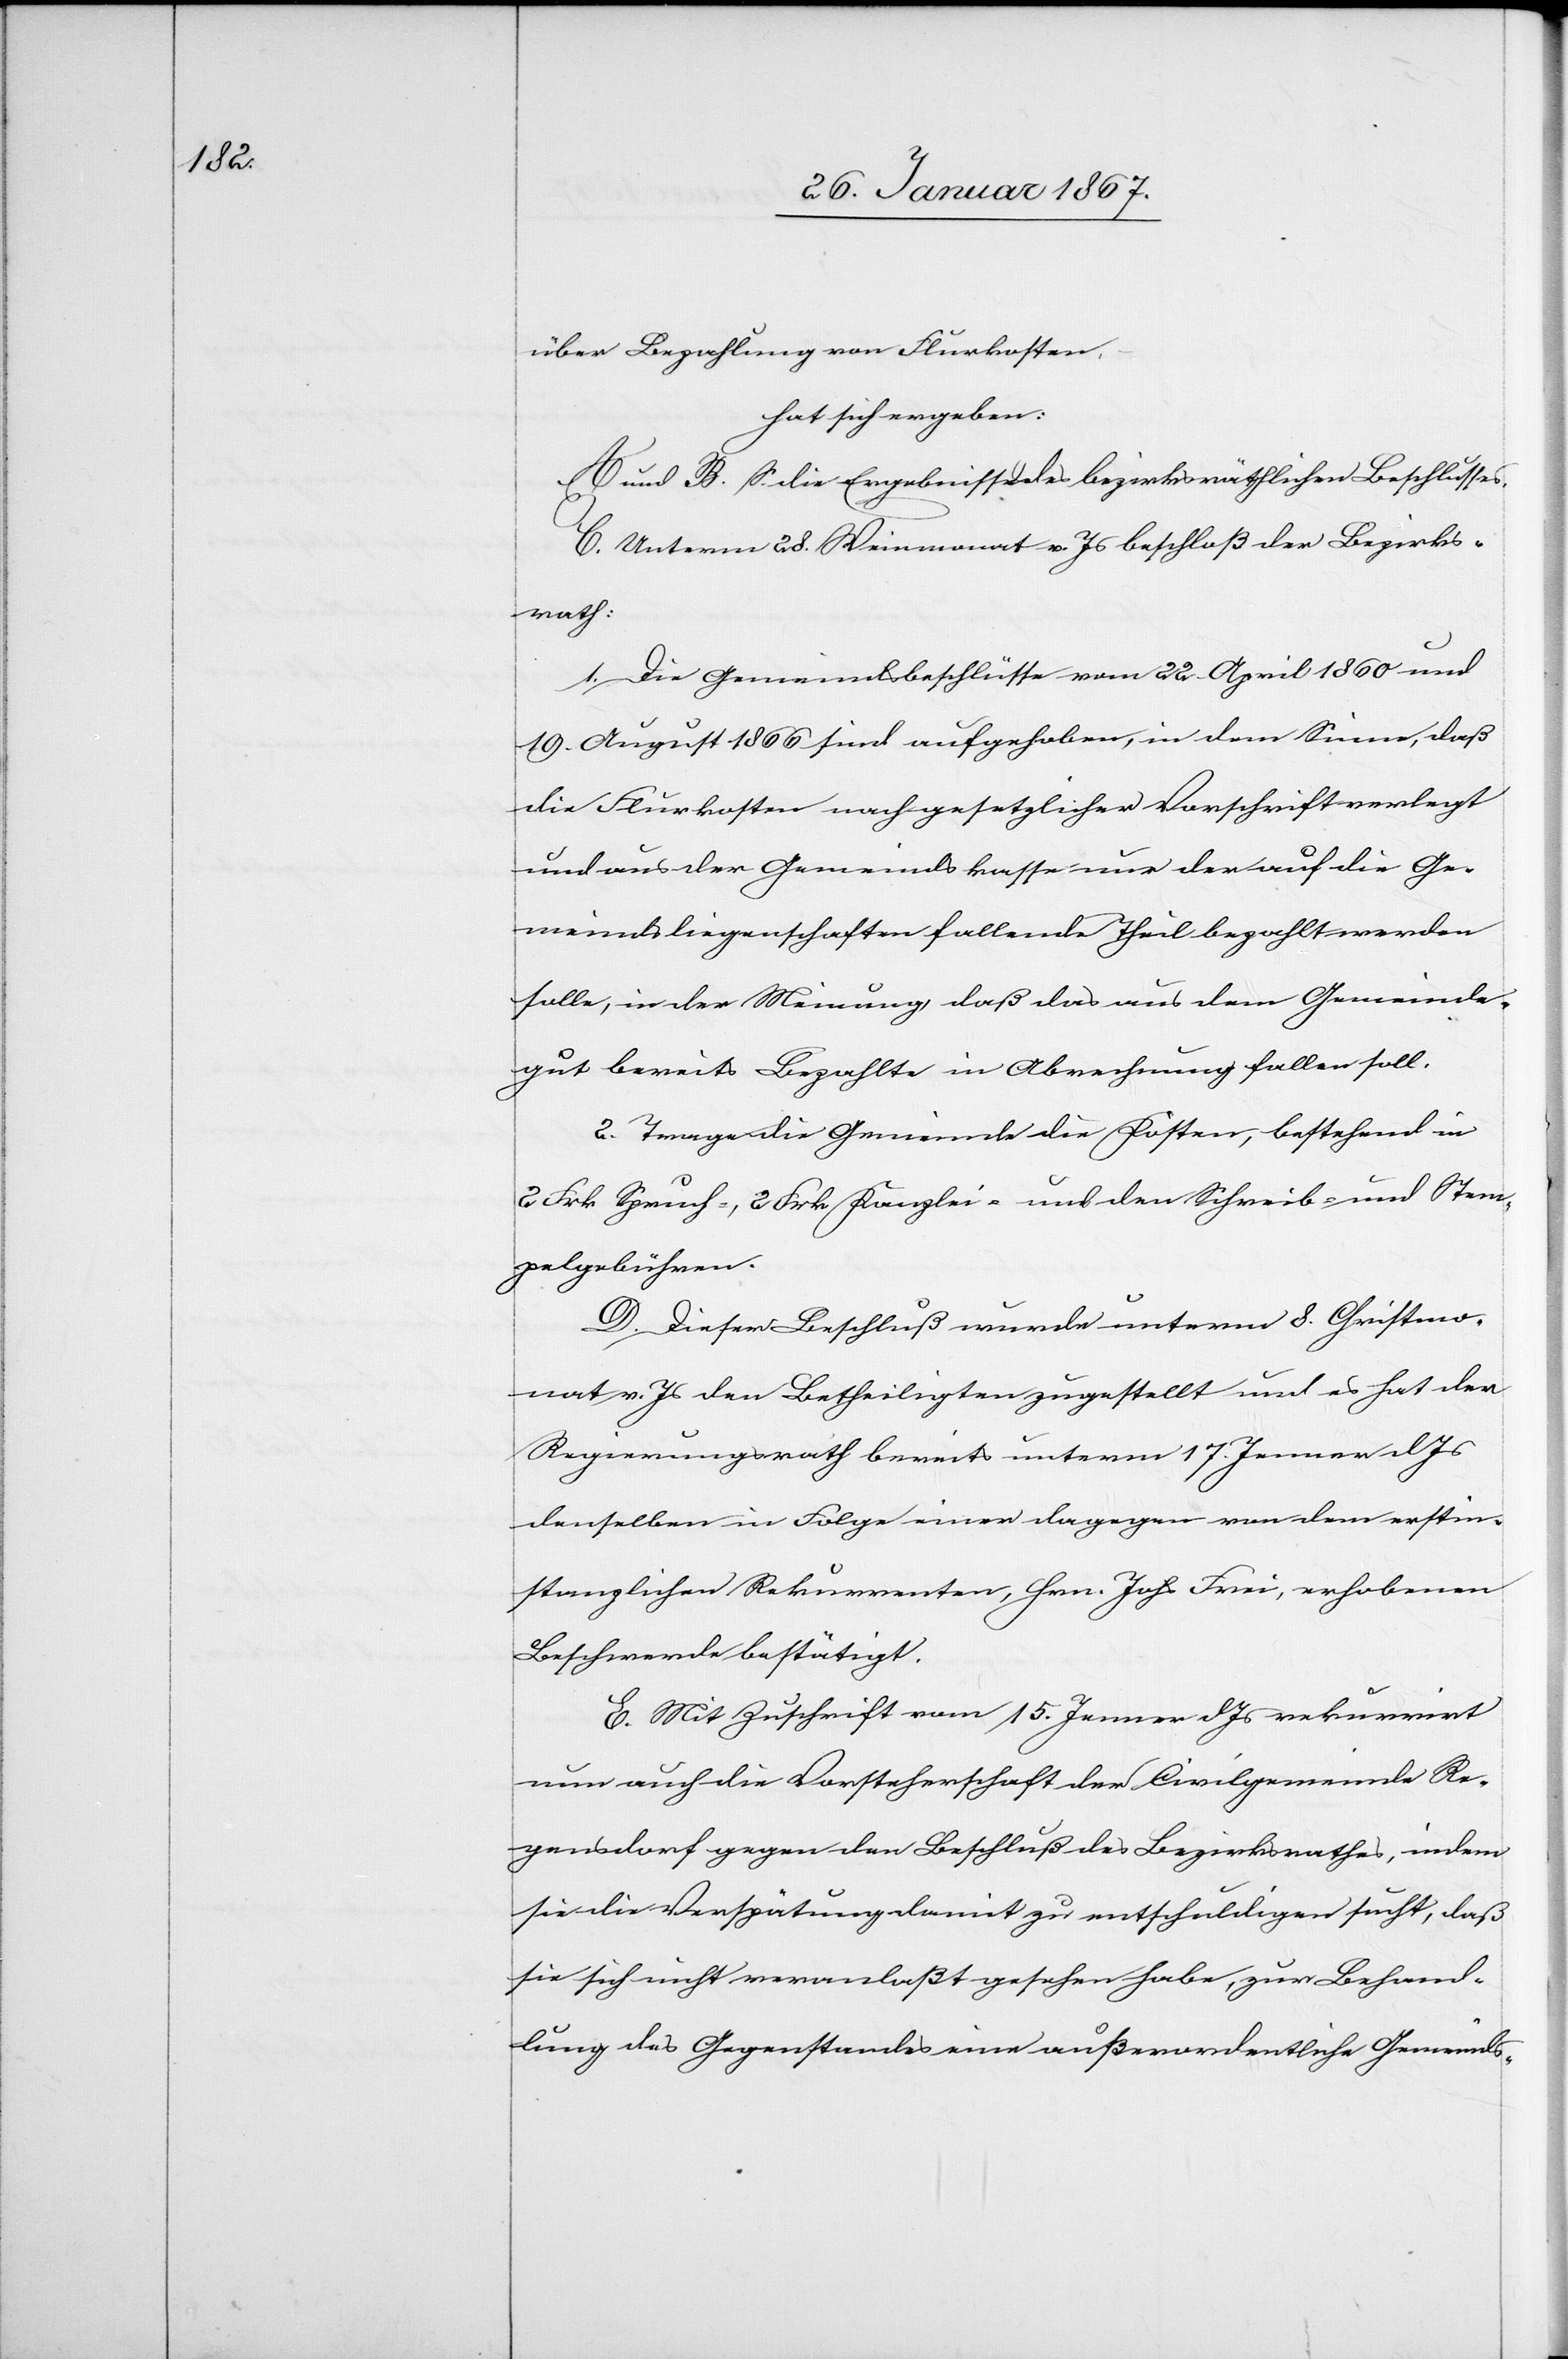
über Bezahlung von Flurkosten.
hat sich ergeben:
A und B. S. die Ergebnisse des bezirksräthlichen Beschlusses.
C. Unterm 28. Weinmonat v. Js beschloß der Bezirks¬
rath:
1. Die Gemeindsbeschlüsse vom 22. April 1860 und
19. August 1866 sind aufgehoben, in dem Sinne, daß
die Flurkosten nach gesetzlicher Vorschrift verlegt
und aus der Gemeindskasse nur der auf die Ge¬
meindsliegenschaften fallende Theil bezahlt werden
solle, in der Meinung, daß das aus dem Gemeinde¬
gut bereits Bezahlte in Abrechnung fallen soll.
2. Trage die Gemeinde die Kosten, bestehend in
2 Frk Spruch-, 2 Frk Kanzlei- und den Schreib- und Stem¬
pelgebühren.
D. Dieser Beschluß wurde unterm 8. Christenmo¬
nat v. Js den Betheiligen zugestellt und es hat der
Regierungsrath bereits unterm 17. Jenner d. Js
denselben in Folge einer dagegen von dem erstin¬
stanzlichen Rekurrenten, Hrn. Joh Frei, erhobenen
Beschwerde bestätigt.
E. Mit Zuschrift vom 15. Jenner d. Js rekurrirt
nun auch die Vorsteherschaft der Civilgemeinde Re¬
gensdorf gegen den Beschluß des Bezirksrathes, indem
sie die Verspätung damit zu entschuldigen sucht, daß
sie sich nicht veranlaßt gesehen habe, zur Behand¬
lung des Gegenstandes eine außerordentliche Gemeinds-